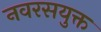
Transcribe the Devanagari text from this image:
नवरसयुक्त